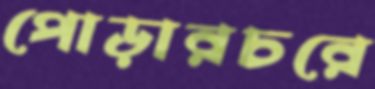
পোড়ারচরে